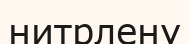
нитрлену